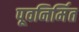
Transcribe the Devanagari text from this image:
पूवनिर्मित